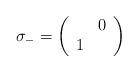
LaTeX: \begin{align*}\sigma _{-}=\left( \begin{array}{cc} & 0\\1 & \end{array}\right)\end{align*}